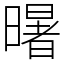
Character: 龧